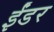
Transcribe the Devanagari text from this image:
ईंडर